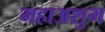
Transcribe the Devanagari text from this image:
महाअशुभ